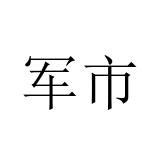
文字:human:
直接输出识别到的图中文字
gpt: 军市